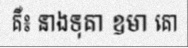
គឺ៖ នាងទុគា ឧមា គោ